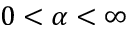
0 < \alpha < \infty